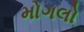
મોગલો